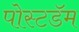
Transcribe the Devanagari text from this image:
पोस्टडॅम